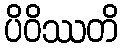
ပိဝိဿတိ